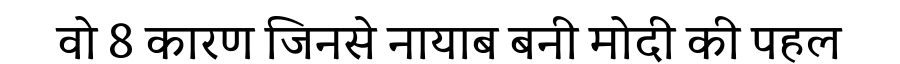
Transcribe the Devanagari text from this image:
वो 8 कारण जिनसे नायाब बनी मोदी की पहल